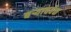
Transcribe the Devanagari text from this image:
बऱ्याचवेळ